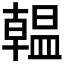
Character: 𫧩